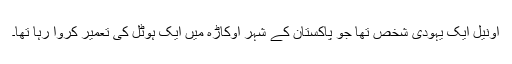
اونیل ایک یہودی شخص تھا جو پاکستان کے شہر اوکاڑہ میں ایک ہوٹل کی تعمیر کروا رہا تھا۔